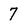
Character: 7